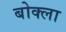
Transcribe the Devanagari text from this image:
बोक्ला